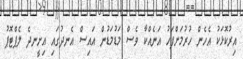
އިރުކޮޅަކު އެހެން ހުރުމަށްފަހު އަނެއްކާ ވެސް މަޑުމަޑުން އައިސް އެނދުގައި އިށީނދެ ލެޕްޓޮޕު